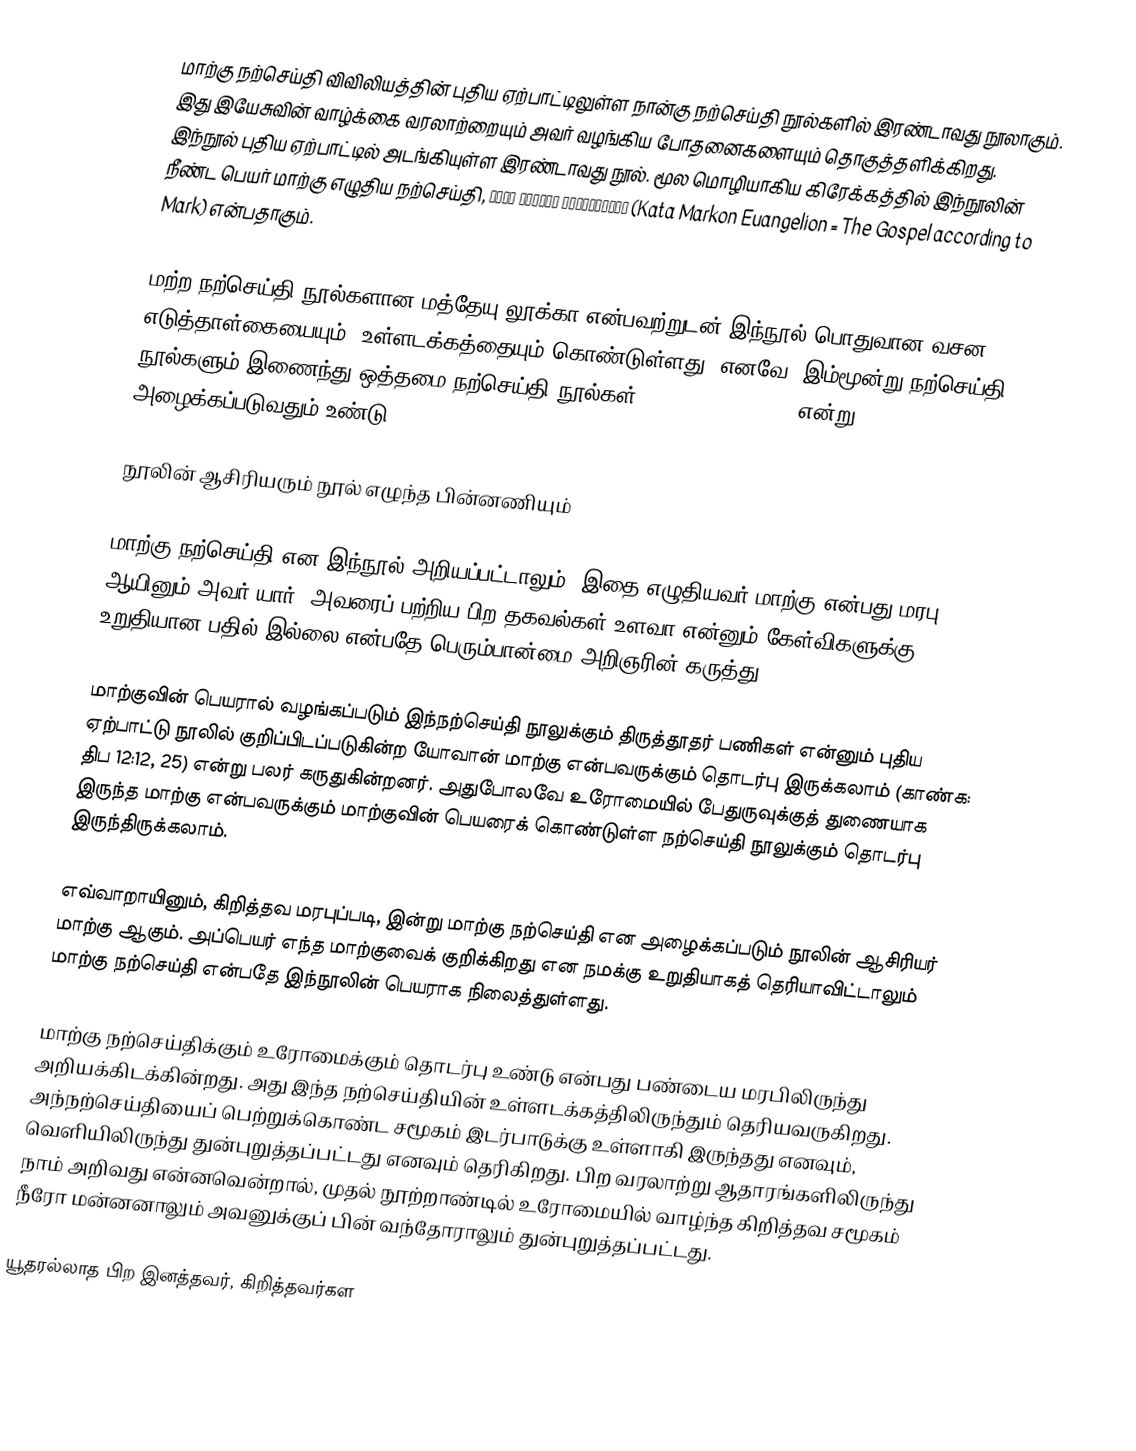
மாற்கு நற்செய்தி விவிலியத்தின் புதிய ஏற்பாட்டிலுள்ள நான்கு நற்செய்தி நூல்களில் இரண்டாவது நூலாகும். இது இயேசுவின் வாழ்க்கை வரலாற்றையும் அவர் வழங்கிய போதனைகளையும் தொகுத்தளிக்கிறது. இந்நூல் புதிய ஏற்பாட்டில் அடங்கியுள்ள இரண்டாவது நூல். மூல மொழியாகிய கிரேக்கத்தில் இந்நூலின் நீண்ட பெயர் மாற்கு எழுதிய நற்செய்தி, κατὰ Μᾶρκον εὐαγγέλιον (Kata Markon Euangelion = The Gospel according to Mark) என்பதாகும்.

மற்ற நற்செய்தி நூல்களான மத்தேயு,லூக்கா என்பவற்றுடன் இந்நூல் பொதுவான வசன எடுத்தாள்கையையும், உள்ளடக்கத்தையும் கொண்டுள்ளது. எனவே, இம்மூன்று நற்செய்தி நூல்களும் இணைந்து ஒத்தமை நற்செய்தி நூல்கள் (Synoptic Gospels) என்று அழைக்கப்படுவதும் உண்டு.

நூலின் ஆசிரியரும் நூல் எழுந்த பின்னணியும்

மாற்கு நற்செய்தி என இந்நூல் அறியப்பட்டாலும், இதை எழுதியவர் மாற்கு என்பது மரபு. ஆயினும் அவர் யார், அவரைப் பற்றிய பிற தகவல்கள் உளவா என்னும் கேள்விகளுக்கு உறுதியான பதில் இல்லை என்பதே பெரும்பான்மை அறிஞரின் கருத்து.

மாற்குவின் பெயரால் வழங்கப்படும் இந்நற்செய்தி நூலுக்கும் திருத்தூதர் பணிகள் என்னும் புதிய ஏற்பாட்டு நூலில் குறிப்பிடப்படுகின்ற யோவான் மாற்கு என்பவருக்கும் தொடர்பு இருக்கலாம் (காண்க: திப 12:12, 25) என்று பலர் கருதுகின்றனர். அதுபோலவே உரோமையில் பேதுருவுக்குத் துணையாக இருந்த மாற்கு என்பவருக்கும் மாற்குவின் பெயரைக் கொண்டுள்ள நற்செய்தி நூலுக்கும் தொடர்பு இருந்திருக்கலாம்.

எவ்வாறாயினும், கிறித்தவ மரபுப்படி, இன்று மாற்கு நற்செய்தி என அழைக்கப்படும் நூலின் ஆசிரியர் மாற்கு ஆகும். அப்பெயர் எந்த மாற்குவைக் குறிக்கிறது என நமக்கு உறுதியாகத் தெரியாவிட்டாலும் மாற்கு நற்செய்தி என்பதே இந்நூலின் பெயராக நிலைத்துள்ளது.

மாற்கு நற்செய்திக்கும் உரோமைக்கும் தொடர்பு உண்டு என்பது பண்டைய மரபிலிருந்து அறியக்கிடக்கின்றது. அது இந்த நற்செய்தியின் உள்ளடக்கத்திலிருந்தும் தெரியவருகிறது. அந்நற்செய்தியைப் பெற்றுக்கொண்ட சமூகம் இடர்பாடுக்கு உள்ளாகி இருந்தது எனவும், வெளியிலிருந்து துன்புறுத்தப்பட்டது எனவும் தெரிகிறது. பிற வரலாற்று ஆதாரங்களிலிருந்து நாம் அறிவது என்னவென்றால், முதல் நூற்றாண்டில் உரோமையில் வாழ்ந்த கிறித்தவ சமூகம் நீரோ மன்னனாலும் அவனுக்குப் பின் வந்தோராலும் துன்புறுத்தப்பட்டது.

யூதரல்லாத பிற இனத்தவர், கிறித்தவர்கள